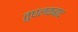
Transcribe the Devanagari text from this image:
तुघलकबाद